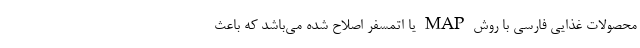
محصولات غذایی فارسی با روش MAP یا اتمسفر اصلاح شده می‌باشد که باعث